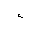
Letter: _hamza